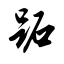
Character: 跖